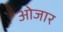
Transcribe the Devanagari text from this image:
ओजार